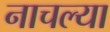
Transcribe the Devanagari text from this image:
नाचल्या